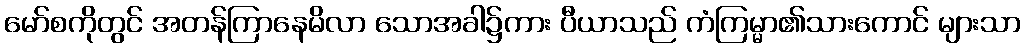
မော်စကိုတွင် အတန်ကြာနေမိလာ သောအခါ၌ကား ပီယာသည် ကံကြမ္မာ၏သားကောင် များသာ